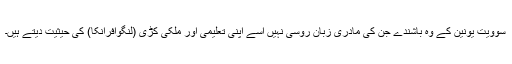
سوویت یونین کے وہ باشندے جن کی مادری زبان روسی نہیں اسے اپنی تعلیمی اور ملکی کڑی (لنگوافرانکا) کی حیثیت دیتے ہیں۔